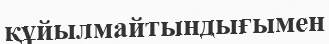
құйылмайтындығымен